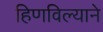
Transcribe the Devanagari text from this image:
हिणविल्याने